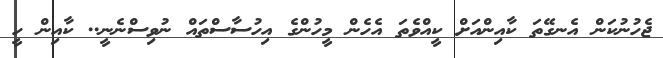
ޖެހުނުކަން އެނގޭތަ ކާއިންއަށް ކީއްވެތަ އެހެން މީހުންގެ އިހުސާސްތައް ނުވިސްނެނީ.. ކާއިން ހީ